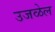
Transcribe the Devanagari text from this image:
उजळेल